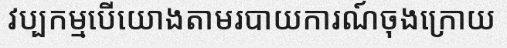
វប្បកម្មបើយោងតាមរបាយការណ៍ចុងក្រោយ